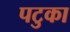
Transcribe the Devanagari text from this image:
पटुका